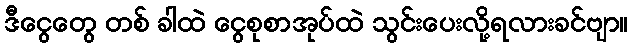
ဒီငွေတွေ တစ် ခါထဲ ငွေစုစာအုပ်ထဲ သွင်းပေးလို့ရလားခင်ဗျာ။